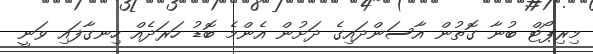
މިރިޕޯޓް ބުނާ ގޮތުން އާސަންދައިގެ ދަށުން އެންމެ ބޮޑު ހަރަދެއް ހިނގާފައި ވަނީ